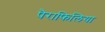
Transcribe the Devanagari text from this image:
पैराफिलिया